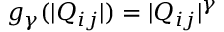
g _ { \gamma } ( | Q _ { i j } | ) = | Q _ { i j } | ^ { \gamma }